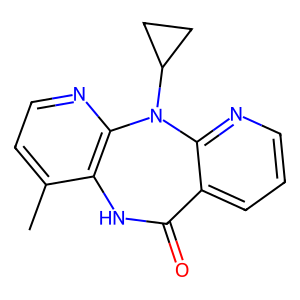
SMILES: Cc1ccnc2c1NC(=O)c1cccnc1N2C1CC1
Inhibits HIV replication: Yes